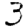
Digit: 3